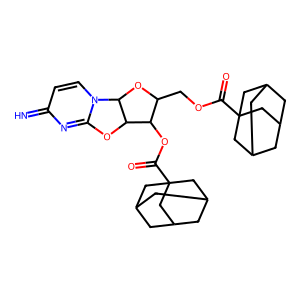
SMILES: N=c1ccn2c(n1)OC1C(OC(=O)C34CC5CC(CC(C5)C3)C4)C(COC(=O)C34CC5CC(CC(C5)C3)C4)OC12
Inhibits HIV replication: No